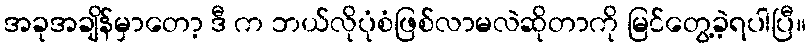
အခုအချိန်မှာတော့ ဒီ က ဘယ်လိုပုံစံဖြစ်လာမလဲဆိုတာကို မြင်တွေ့ခဲ့ရပါပြီ။